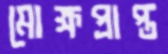
মোক্ষপ্রাপ্ত